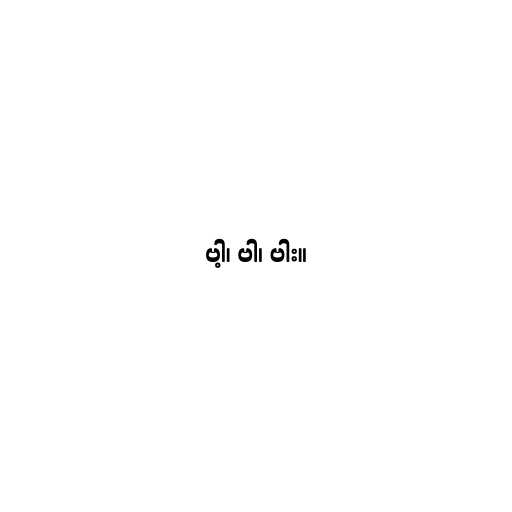
ဗါ့၊ ဗါ၊ ဗါး။